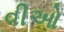
વીઓ